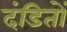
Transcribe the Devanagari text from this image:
दंडितों